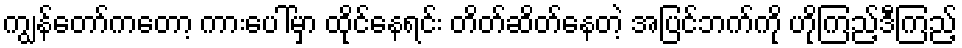
ကျွန်တော်ကတော့ ကားပေါ်မှာ ထိုင်နေရင်း တိတ်ဆိတ်နေတဲ့ အပြင်ဘက်ကို ဟိုကြည့်ဒီကြည့်